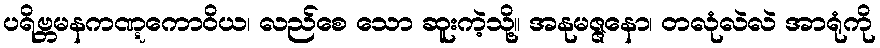
ပရိဗ္ဘမနကဏ္ဋကောဝိယ၊ လည်စေ သော ဆူးကဲ့သို့။ အနုမဇ္ဇနော၊ တလုံလဲလဲ အာရုံကို